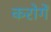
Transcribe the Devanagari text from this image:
करोगें